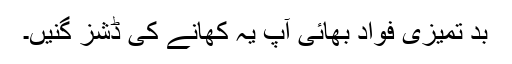
بد تمیزی فواد بھائی آپ یہ کھانے کی ڈشز گنیں۔